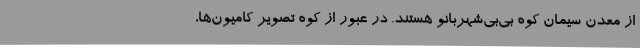
از معدن سیمان کوه بی‌بی‌شهربانو هستند. در عبور از کوه تصویر کامیون‌ها،